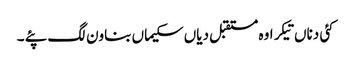
کئی دناں تیکر اوہ مستقبل دیاں سکیماں بناون لگ پئے ۔